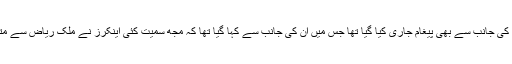
ان الزامات کے بعد معروف اینکر حامد میر کی جانب سے بھی پیغام جاری کیا گیا تھا جس میں ان کی جانب سے کہا گیا تھا کہ مجھ سمیت کئی اینکرز نے ملک ریاض سے متعلق بات کی ہے لیکن ہمیں سنسر کردیا گیا۔